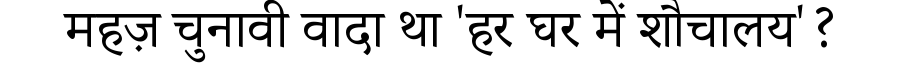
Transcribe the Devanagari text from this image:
महज़ चुनावी वादा था 'हर घर में शौचालय'?